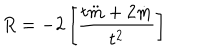
R = - 2 \left[ \frac { t \ddot { m } + 2 \dot { m } } { t ^ { 2 } } \right]